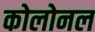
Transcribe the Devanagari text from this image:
कोलोनल